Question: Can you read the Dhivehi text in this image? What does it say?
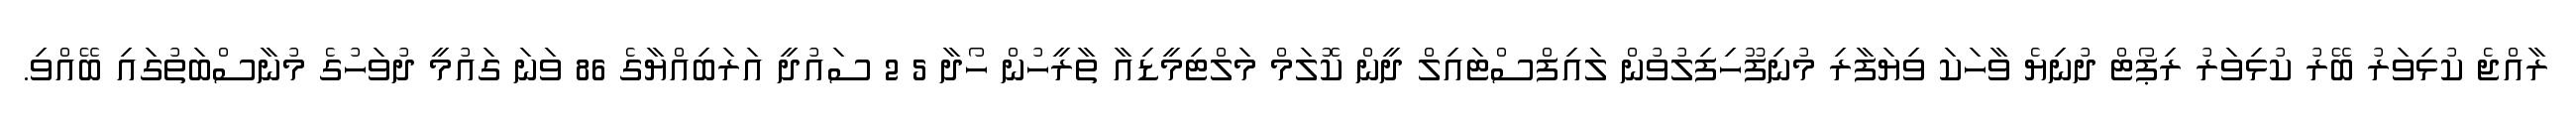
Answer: ރާއްޖެ ކުޅިވަރު ބޭރު ކުޅިވަރު ރިޕޯޓް ދުނިޔެ ވާހަކަ ވިޔަފާރި މުނިފޫހިފިލުވުން ލައިފްސްޓައިލް ދީން ކޮލަމް މަލްޓިމީޑިއާ ތާރީހުން ހޯދާ 5 2 ސައުދީ އަރަބިއްޔާގެ 86 ވަނަ ގައުމީ ދުވަހުގެ މުނާސްބަތުގައި ބޭއްވި.